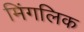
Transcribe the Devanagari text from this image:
मिंगलिक